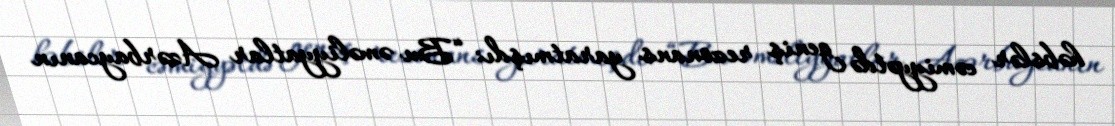
həbslər cəmiyyətdə geniş rezonans yaratmışdı: “Bu əməliyyatlar Azərbaycanın